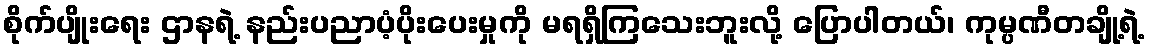
စိုက်ပျိုးရေး ဌာနရဲ့ နည်းပညာပံ့ပိုးပေးမှုကို မရရှိကြသေးဘူးလို့ ပြောပါတယ်၊ ကုမ္ပဏီတချို့ရဲ့